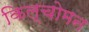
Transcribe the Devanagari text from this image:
किल्चोमन